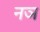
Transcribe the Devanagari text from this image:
नञ